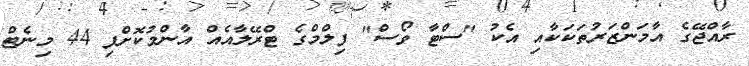
ރާއްޖޭގެ އާމަންޒަރުތަކަކާއި އެކު "ސްޓާ ވޯސް" ފިލްމްގެ ޓްރޭލާއެއް އާންމުކޮށްފި 44 މިނެޓް